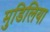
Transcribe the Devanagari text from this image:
मुडिलिया